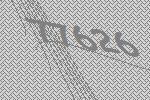
77626